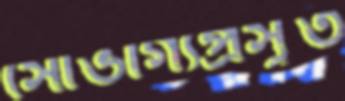
সৌভাগ্যপ্রসূত